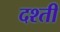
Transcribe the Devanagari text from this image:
दश्ती